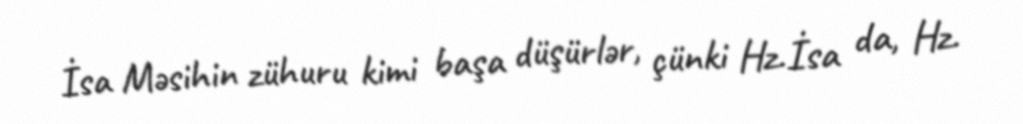
İsa Məsihin zühuru kimi başa düşürlər, çünki Hz.İsa da, Hz.